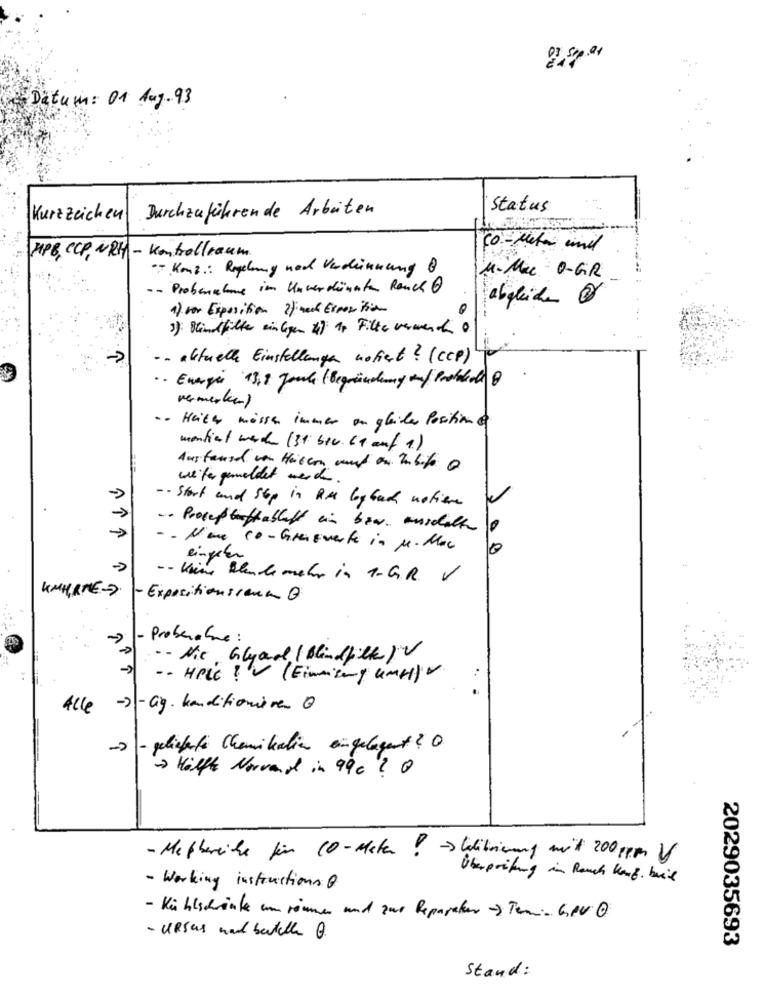
Datum: 01 Aug-93
Durchzuführen de Arbeiten
Status
Kurzzeichen
Co- Meta und
HP8, CCP, WRH- Kontrollraum.
" Konz: Regelung nad Verdeinnung @
1. Mu O-GR
-- Probenabone im Unverdünnte Rauch @
abgleiche
1) vor Exposition 2/ med Exposition
3): Blindfilter ein lagen 4) Ip Filter verwend 0
- - aktuelle Einstellungen notiert ? (CCP)
·· Energia 13,8 Joule (Begründung mm/ Probleale 8
vermerkenl
·- Heiter müssen immer an gleiles Position e
montiert werd (3+ 510. 64 auf 1.)
Austaund von Haisen auf an Zubife Q
weiter gemeldet werden.
·· Start and Stop in RM logbuch notiene
->
-- Proces buffabluff ein bzw. ausschalte 0
- - N'ene conGrensvente in M. Mac
10
eingehen
-- Keine Blendemehr in A.G.R. V
KMHRME->
Expositionsieur Q
Proberative:
·- Nic Glyad ( Blindilk ) V
-- HPLC ! ( Einmisany umH) ~
Alle -- Cig. konditionière 0
-> - gelieferte Chemikalien eingelagert? O
Hälfte Norvand in 99c? @
- Mettereiche für 10-Meter ! - >Wlibrierung mit 200 ppm V
Überprüfung in Rauch kong. buis
- Working instructions Q
- Kühlschränke um römmer und zur Reparatur -> Ten- GeVO
- URsus ward betulle Q.
2029035693
Stand: